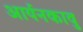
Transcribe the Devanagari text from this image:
आर्यनकावु